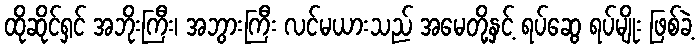
ထိုဆိုင်ရှင် အဘိုးကြီး၊ အဘွားကြီး လင်မယားသည် အမေတို့နှင့် ရပ်ဆွေ ရပ်မျိုး ဖြစ်ခဲ့